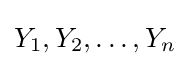
Y_{1},Y_{2},\ldots ,Y_{n}